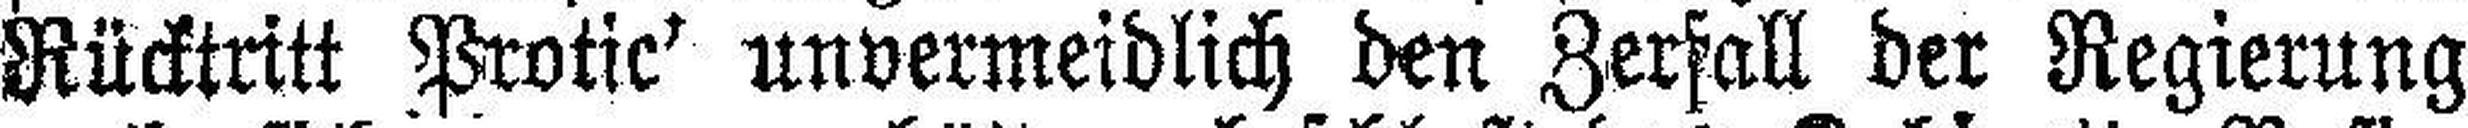
Rücktritt Protic’ unvermeidlich den Zerfall der Regierung